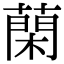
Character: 䔵